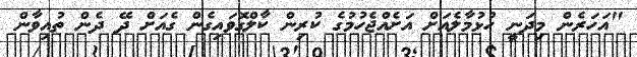
"އަހަރެން މިދަނީ ހުޅުމާލެއަށް އަށެއްޖެހުމުގެ ކުރިން ކާލްގޮވައިގެން ގެއަށް ދޭ ދެން ތުއިވާން